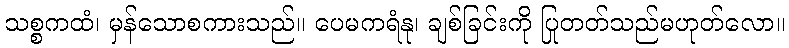
သစ္စကထံ၊ မှန်သောစကားသည်။ ပေမကရံနု၊ ချစ်ခြင်းကို ပြုတတ်သည်မဟုတ်လော။